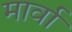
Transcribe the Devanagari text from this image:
मार्वा